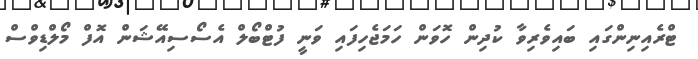
ޓްރެއިނިންގައި ބައިވެރިވާ ކުދިން ހޮވަން ހަމަޖެހިފައި ވަނީ ފުޓްބޯލް އެސޯސިއޭޝަން އޮފް މޯލްޑިވްސް